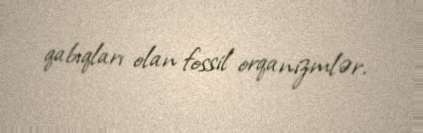
qabıqları olan fossil orqanizmlər.